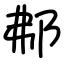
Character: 𨚓